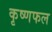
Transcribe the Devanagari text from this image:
कृष्णफल